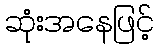
ဆုံးအနေဖြင့်